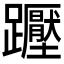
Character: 𲄒